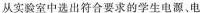
从实验室中选出符合要求的学生电源、电